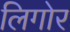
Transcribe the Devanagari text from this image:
लिगोर